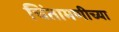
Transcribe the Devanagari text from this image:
चिंतामणीच्या